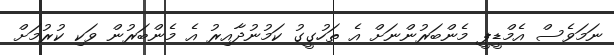
ނަމަވެސް އެމްޑީޕީ މެންބަރުންނަށް އެ ތަހުގީގު ކަމުނުދާއިރު އެ މެންބަރުން ވަކި ކުރުމަށް